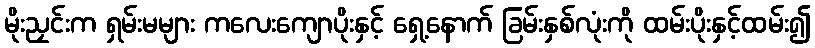
မိုးညှင်းက ရှမ်းမများ ကလေးကျောပိုးနှင့် ရှေ့နောက် ခြမ်းနှစ်လုံးကို ထမ်းပိုးနှင့်ထမ်း၍